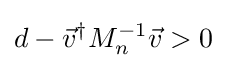
d-{\vec {v}}^{\dagger }M_{n}^{-1}{\vec {v}}>0